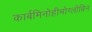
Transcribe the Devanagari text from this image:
कार्बमिनोहीमोग्लोबिन